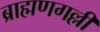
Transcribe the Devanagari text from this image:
ब्राह्मणगल्ली